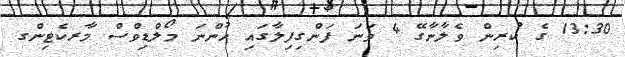
13:30 ގެ ކުރިން ވެލާނާގޭ 4 ވަނަ ފަންގިފިލާގައި ހުންނަ މޯލްޑިވްސް މާރކެޓިންގ